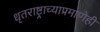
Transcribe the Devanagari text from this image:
धृतराष्ट्राच्याप्रमाणेही